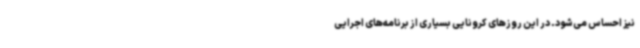
نیز احساس می‌شود. در این روزهای کرونایی بسیاری از برنامه‌های اجرایی